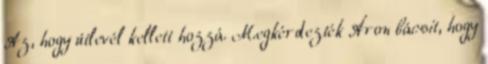
Az, hogy útlevél kellett hozzá. Megkérdezték Áron bácsit, hogy